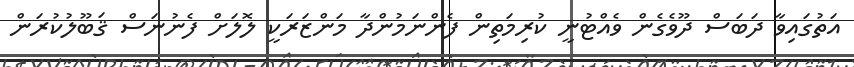
އަތުގައިވާ ދަބަސް ދޫވެގެން ވެއްޓުނީ ކުރިމަތިން ފެންނަމުންދާ މަންޒަރަކީ ލޮލަށް ފެނުނަސް ޤަބޫލުކުރަން